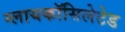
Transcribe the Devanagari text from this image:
ग्लायकॉसिलेटेड